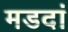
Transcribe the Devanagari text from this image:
मडदां